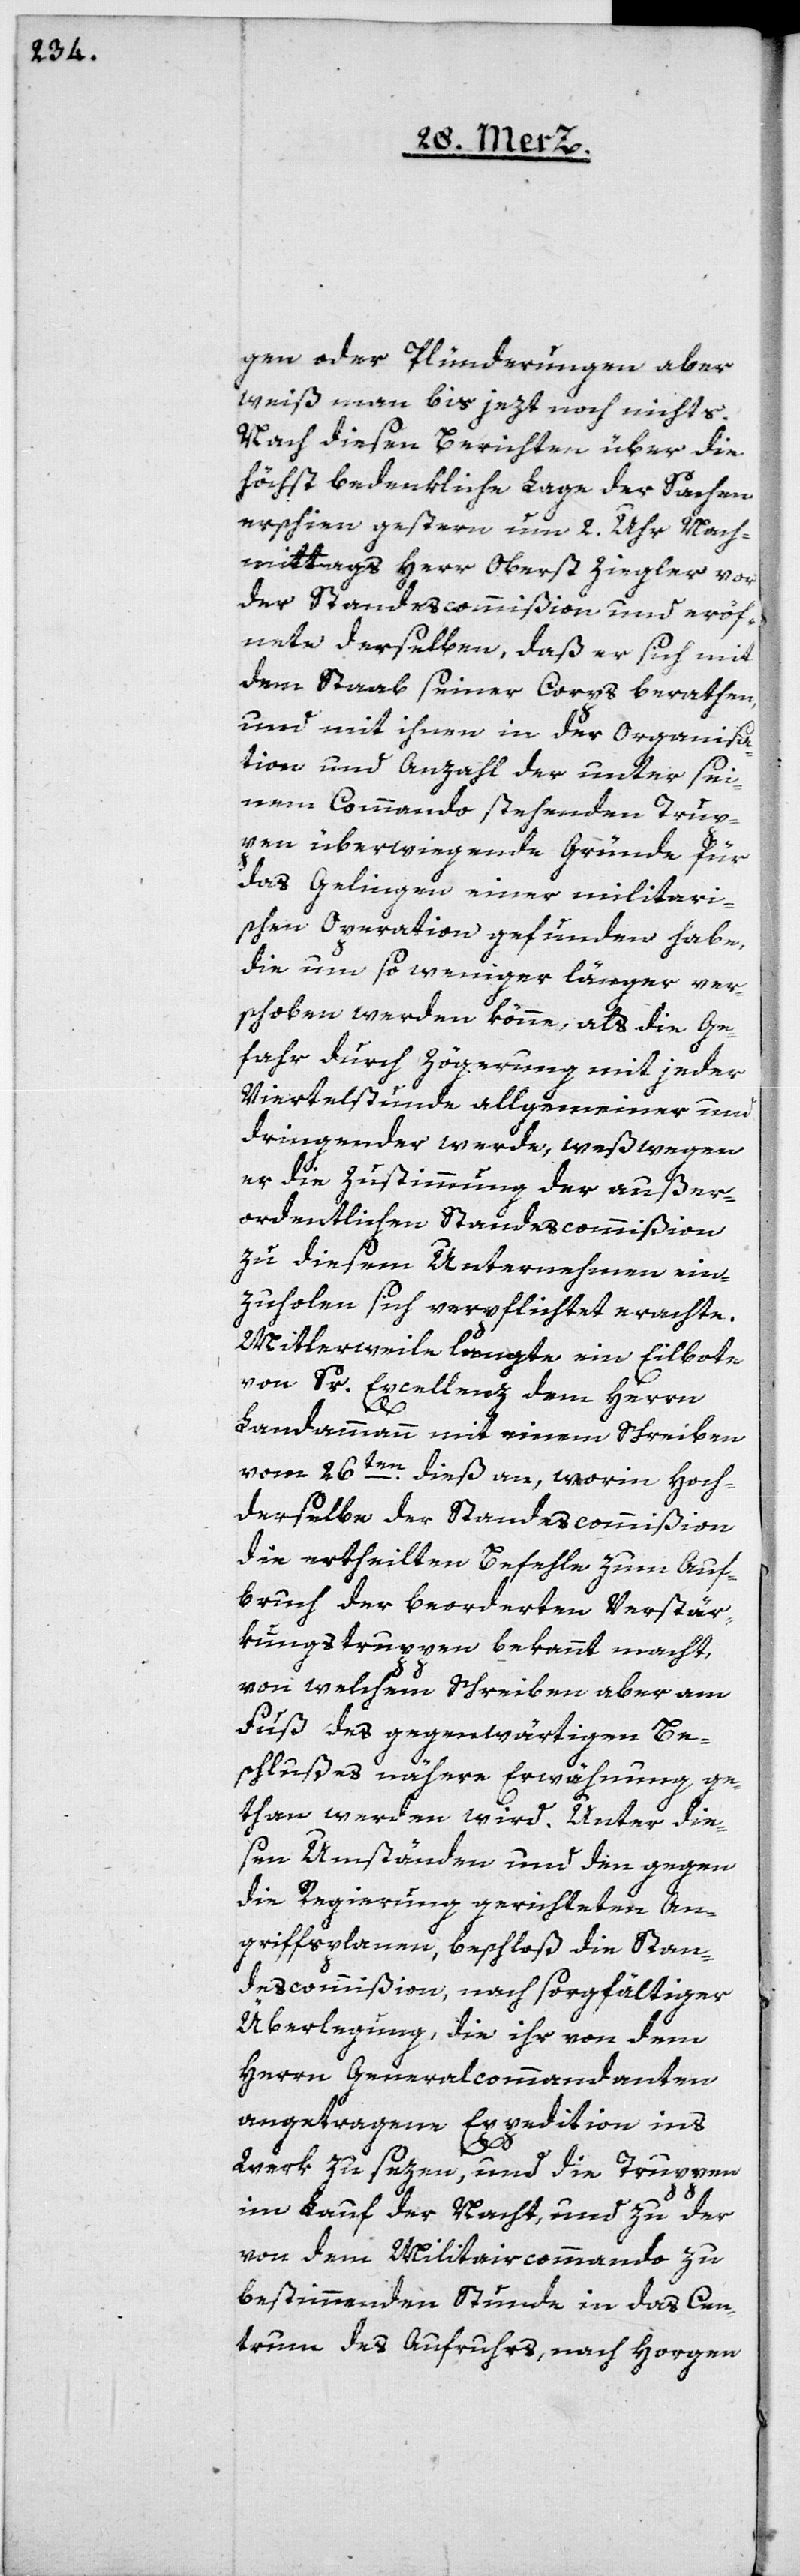
gen oder Plünderungen aber
weiß man bis jezt noch nichts.
Nach diesen Berichten über die
höchst bedenkliche Lage der Sachen
erschien gestern um 2. Uhr Nach¬
mittags Herr Oberst Ziegler vor
der Standescommißion und eröff¬
nete derselben, daß er sich mit
dem Staab seines Corps berathen,
und mit ihnen in der Organisa¬
tion und Anzahl der unter sei¬
nem Commando stehenden Trup¬
pen überwiegende Gründe für
das Gelingen einer militari¬
schen Operation gefunden habe,
die um so weniger länger ver¬
schoben werden könne, als die Ge¬
fahr durch Zögerung mit jeder
Viertelstunde allgemeiner und
dringender werde, weßwegen
er die Zustimmung der außer¬
ordentlichen Standescommißion
zu diesem Unternehmen ein¬
zuholen sich verpflichtet erachte.
Mittlerweilen langte ein Eilbote
von Sr. Excellenz dem Herrn
Landammann mit einem Schreiben
vom 26ten dieß an, worin Hoch¬
derselbe der Standescommißion
die ertheilten Befehle zum Auf¬
bruch der beorderten Verstär¬
kungstruppen bekannt macht,
von welchem Schreiben aber am
Fuß des gegenwärtigen Be¬
schlußes nähere Erwähnung ge¬
than werden wird. Unter die¬
sen Umständen und den gegen
die Regierung gerichteten An¬
griffsplanen, beschloß die Stan¬
descommißion, nach sorgfältiger
Überlegung, die ihr von dem
Herrn Generalkommandanten
angetragene Expedition ins
Werk zu sezen, und die Truppen
im Lauf der Nacht, und zu
der
von dem Militaircommando zu
bestimmenden Stunde in das Cen¬
trum des Aufruhrs, nach Horgen